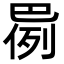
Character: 𫶸